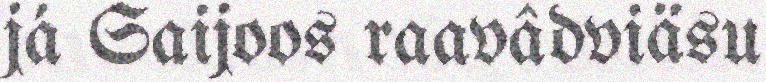
já Saijoos raavâdviäsu